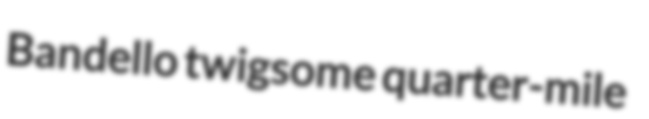
Bandello twigsome quarter-mile